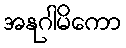
အနုဂါမိကော